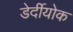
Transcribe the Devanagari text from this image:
डेर्दीयोक